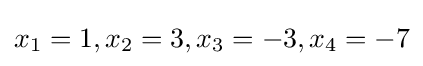
x_{1}=1,x_{2}=3,x_{3}=-3,x_{4}=-7